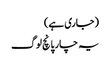
(جاری ہے)
یہ چار پانچ لوگ